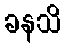
ခနသိ